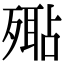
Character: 𣩚